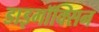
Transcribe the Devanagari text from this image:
डाइगॉक्सिन